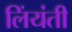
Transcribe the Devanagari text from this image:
लिंयंती